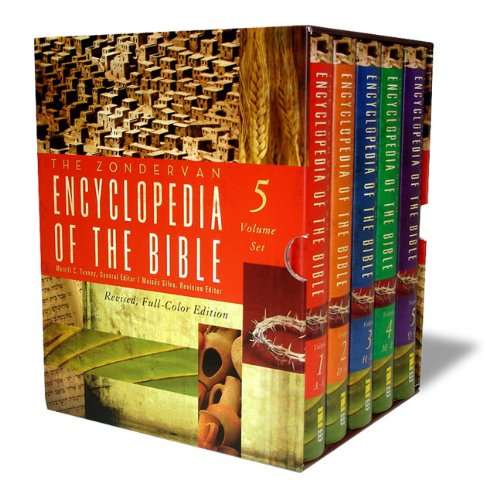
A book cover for The Zondervan Encyclopedia of the Bible: Revised Full-Color Edition; Reference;